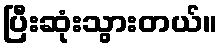
ပြီးဆုံးသွားတယ်။